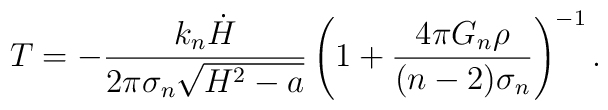
T=-\frac{k_n\dot{H}}{2\pi\sigma_n\sqrt{H^2-a}} \left(1+\frac{4\pi G_n\rho}{(n-2)\sigma_n}\right)^{-1}.